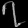
Digit: ၇